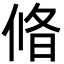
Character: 㫦